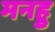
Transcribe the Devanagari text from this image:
मनहु